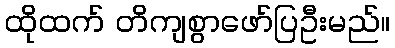
ထိုထက် တိကျစွာဖော်ပြဦးမည်။